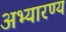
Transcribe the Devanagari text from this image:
अभ्यारण्‍य